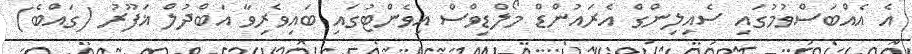
އެ އެއްބަސްވުމުގައި ސެއިލިންގް އެރައުންޑް މޯލްޑިވްސް އިވެންޓުގައި ބައިވެރިވާ އަބްދުލް ޣަފޫރު (ގައްބެ)